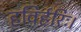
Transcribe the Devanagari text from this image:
हविर्हरिः।